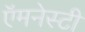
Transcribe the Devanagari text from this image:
ऍमनेस्टी